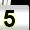
Digit: 5